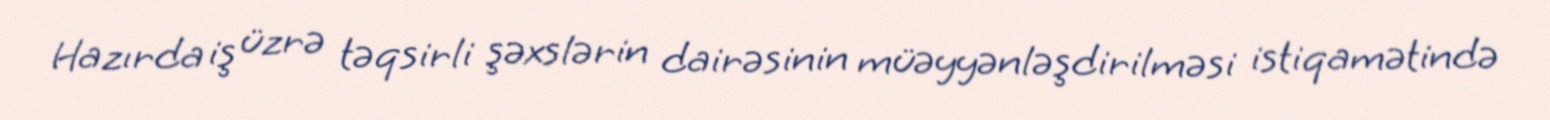
Hazırda iş üzrə təqsirli şəxslərin dairəsinin müəyyənləşdirilməsi istiqamətində